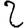
Digit: 2